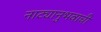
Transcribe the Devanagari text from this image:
नाट्यानुभवाची